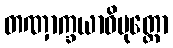
တဏှာက္ခယာဓိမုတ္တော